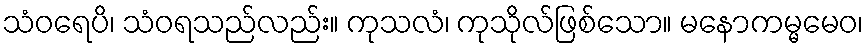
သံဝရေပိ၊ သံဝရသည်လည်း။ ကုသလံ၊ ကုသိုလ်ဖြစ်သော။ မနောကမ္မမေဝ၊